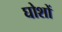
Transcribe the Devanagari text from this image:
घोशों